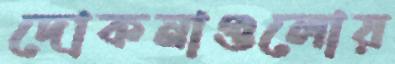
দোকনাগুলোয়